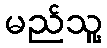
မည်သူ့